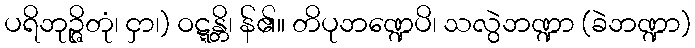
ပရိဘုဉ္ဇိတုံ၊ ငှာ၊) ဝဋ္ဋန္တိ၊ န်၏။ တိပုဘဏ္ဍေပိ၊ သလွဲဘဏ္ဍာ (ခဲဘဏ္ဍာ)